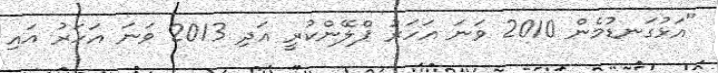
"އަޅުގަނޑުމެން 2010 ވަަނަ އަހަރު ޕްލޭންކުރީ އަދި 2013 ވަނަ އަހަރު އައި